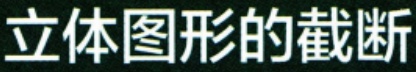
立体图形的截断